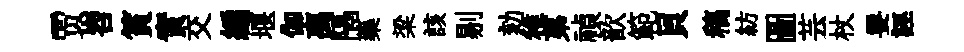
贾岧篔實交編堰伽离隔藥梁該剔劾稚苐禎歆範貝稿紡圖芸杖要誣